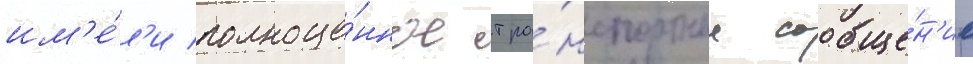
им'е́л'и полноце́нное тра́нспортное сообще́н'ие